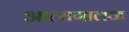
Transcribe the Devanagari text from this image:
आत्मगालक